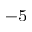
^ { - 5 }